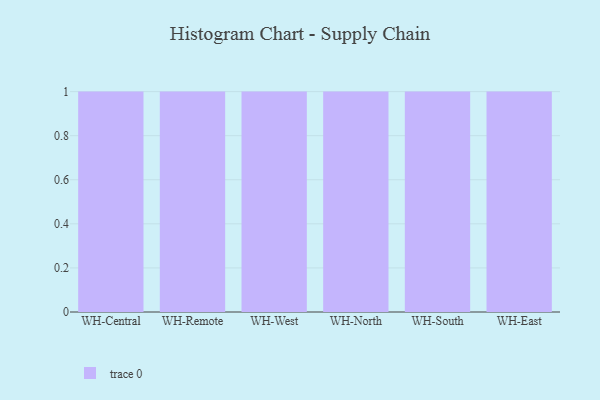
{"axis": {"x": "Warehouse", "y": "Page Views"}, "legend": [""], "data": [{"x": "WH-Central", "y": 82, "type": ""}, {"x": "WH-Remote", "y": 46, "type": ""}, {"x": "WH-West", "y": 53, "type": ""}, {"x": "WH-North", "y": 35, "type": ""}, {"x": "WH-South", "y": 18, "type": ""}, {"x": "WH-East", "y": 78, "type": ""}]}